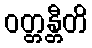
ဝတ္တန္တီတိ